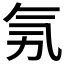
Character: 𣱗